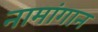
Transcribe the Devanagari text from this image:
नामांगान